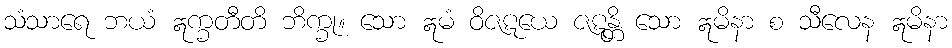
သံသာရေ ဘယံ ဣက္ခတီတိ ဘိက္ခု။ သော ဣမံ ဝိဇဋယေ ဇဋန္တိ သော ဣမိနာ စ သီလေန ဣမိနာ